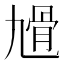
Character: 𩨔